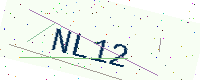
Text: NL12